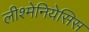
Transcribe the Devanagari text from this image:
लीश्मेनियेसिस